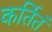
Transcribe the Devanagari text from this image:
कर्तितं